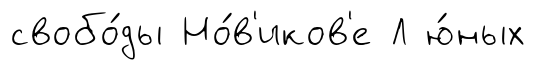
свобо́ды Но́в'иков'е Л ю́ных